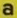
a